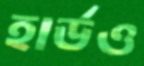
হার্ডও